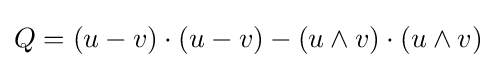
Q=(u-v)\cdot (u-v)-(u\wedge v)\cdot (u\wedge v)